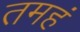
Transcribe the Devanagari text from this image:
तमहं